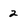
Character: 2